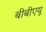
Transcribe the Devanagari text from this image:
बीबीएयू